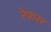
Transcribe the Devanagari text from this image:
रेफरर